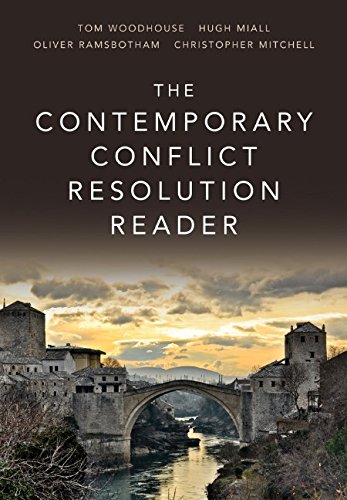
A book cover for The Contemporary Conflict Resolution Reader; Hugh Miall; Business & Money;